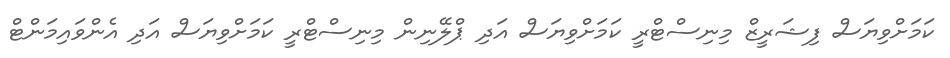
ކަމަށްވިޔަސް ފިޝަރީޒް މިނިސްޓްރީ ކަމަށްވިޔަސް އަދި ޕްލޭނިން މިނިސްޓްރީ ކަމަށްވިޔަސް އަދި އެންވައިމަންޓް